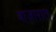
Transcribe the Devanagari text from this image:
बाजारात्‌